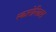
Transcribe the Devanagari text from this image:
स्कारोनिडस